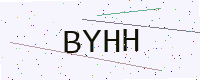
Text: BYHH